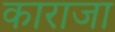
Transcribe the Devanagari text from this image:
काराजा